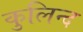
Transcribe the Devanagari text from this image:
कुलिन्द